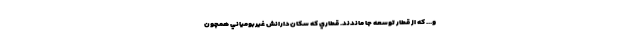
و... كه از قطار توسعه جا ماندند. قطاري كه سكان‌دارانش غيربومياني همچون